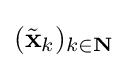
({\tilde {\mathbf {x} }}_{k})_{k\in \mathbf {N} }